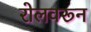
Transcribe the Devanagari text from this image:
रोलवरून